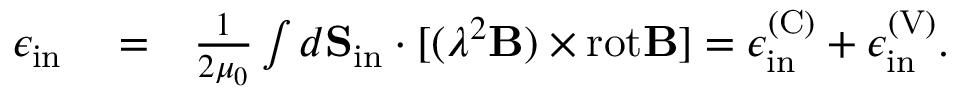
\begin{array} { r l r } { \epsilon _ { \mathrm { i n } } } & { { } = } & { \frac { 1 } { 2 \mu _ { 0 } } \int d { \bf S } _ { \mathrm { i n } } \cdot [ ( \lambda ^ { 2 } { \bf B } ) \times \mathrm { r o t } { \bf B } ] = \epsilon _ { \mathrm { i n } } ^ { \mathrm { ( C ) } } + \epsilon _ { \mathrm { i n } } ^ { \mathrm { ( V ) } } . } \end{array}